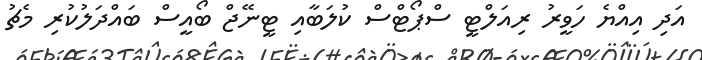
އަދި އިއްޔެ ހަވީރު ރިއަލްޓީ ސްޕޯޓްސް ކުލަބާއި ޓީނޭޖް ބޯއީސް ބައްދަލުކުރި މެޗު